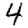
Digit: 4